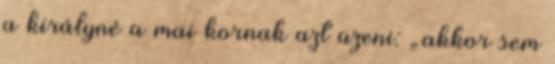
a királyné a mai kornak azt üzeni: „akkor sem